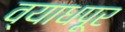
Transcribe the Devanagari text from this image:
व्याधपूर